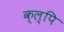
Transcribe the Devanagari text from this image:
क्ल्पि